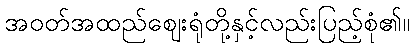
အဝတ်အထည်ဈေးရုံတို့နှင့်လည်းပြည့်စုံ၏။